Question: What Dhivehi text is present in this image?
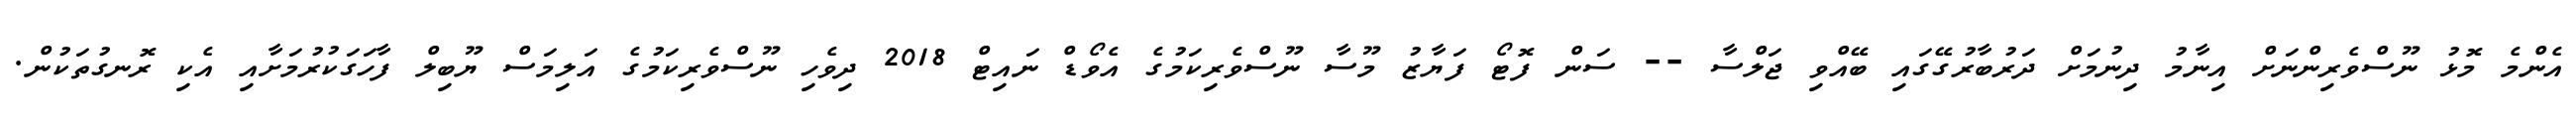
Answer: އެންމެ މޮޅު ނޫސްވެރިންނަށް އިނާމު ދިނުމަށް ދަރުބާރުގޭގައި ބޭއްވި ޖަލްސާ -- ސަން ފޮޓޯ ފަޔާޒު މޫސާ ނޫސްވެރިކަމުގެ އެވޯޑް ނައިޓް 2018 ދިވެހި ނޫސްވެރިކަމުގެ އަލިމަސް ޔޫބިލް ފާހަގަކުރުމަށާއި އެކި ރޮނގުތަކުން.